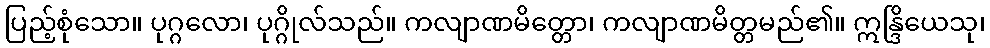
ပြည့်စုံသော။ ပုဂ္ဂလော၊ ပုဂ္ဂိုလ်သည်။ ကလျာဏမိတ္တော၊ ကလျာဏမိတ္တမည်၏။ ဣန္ဒြိယေသု၊